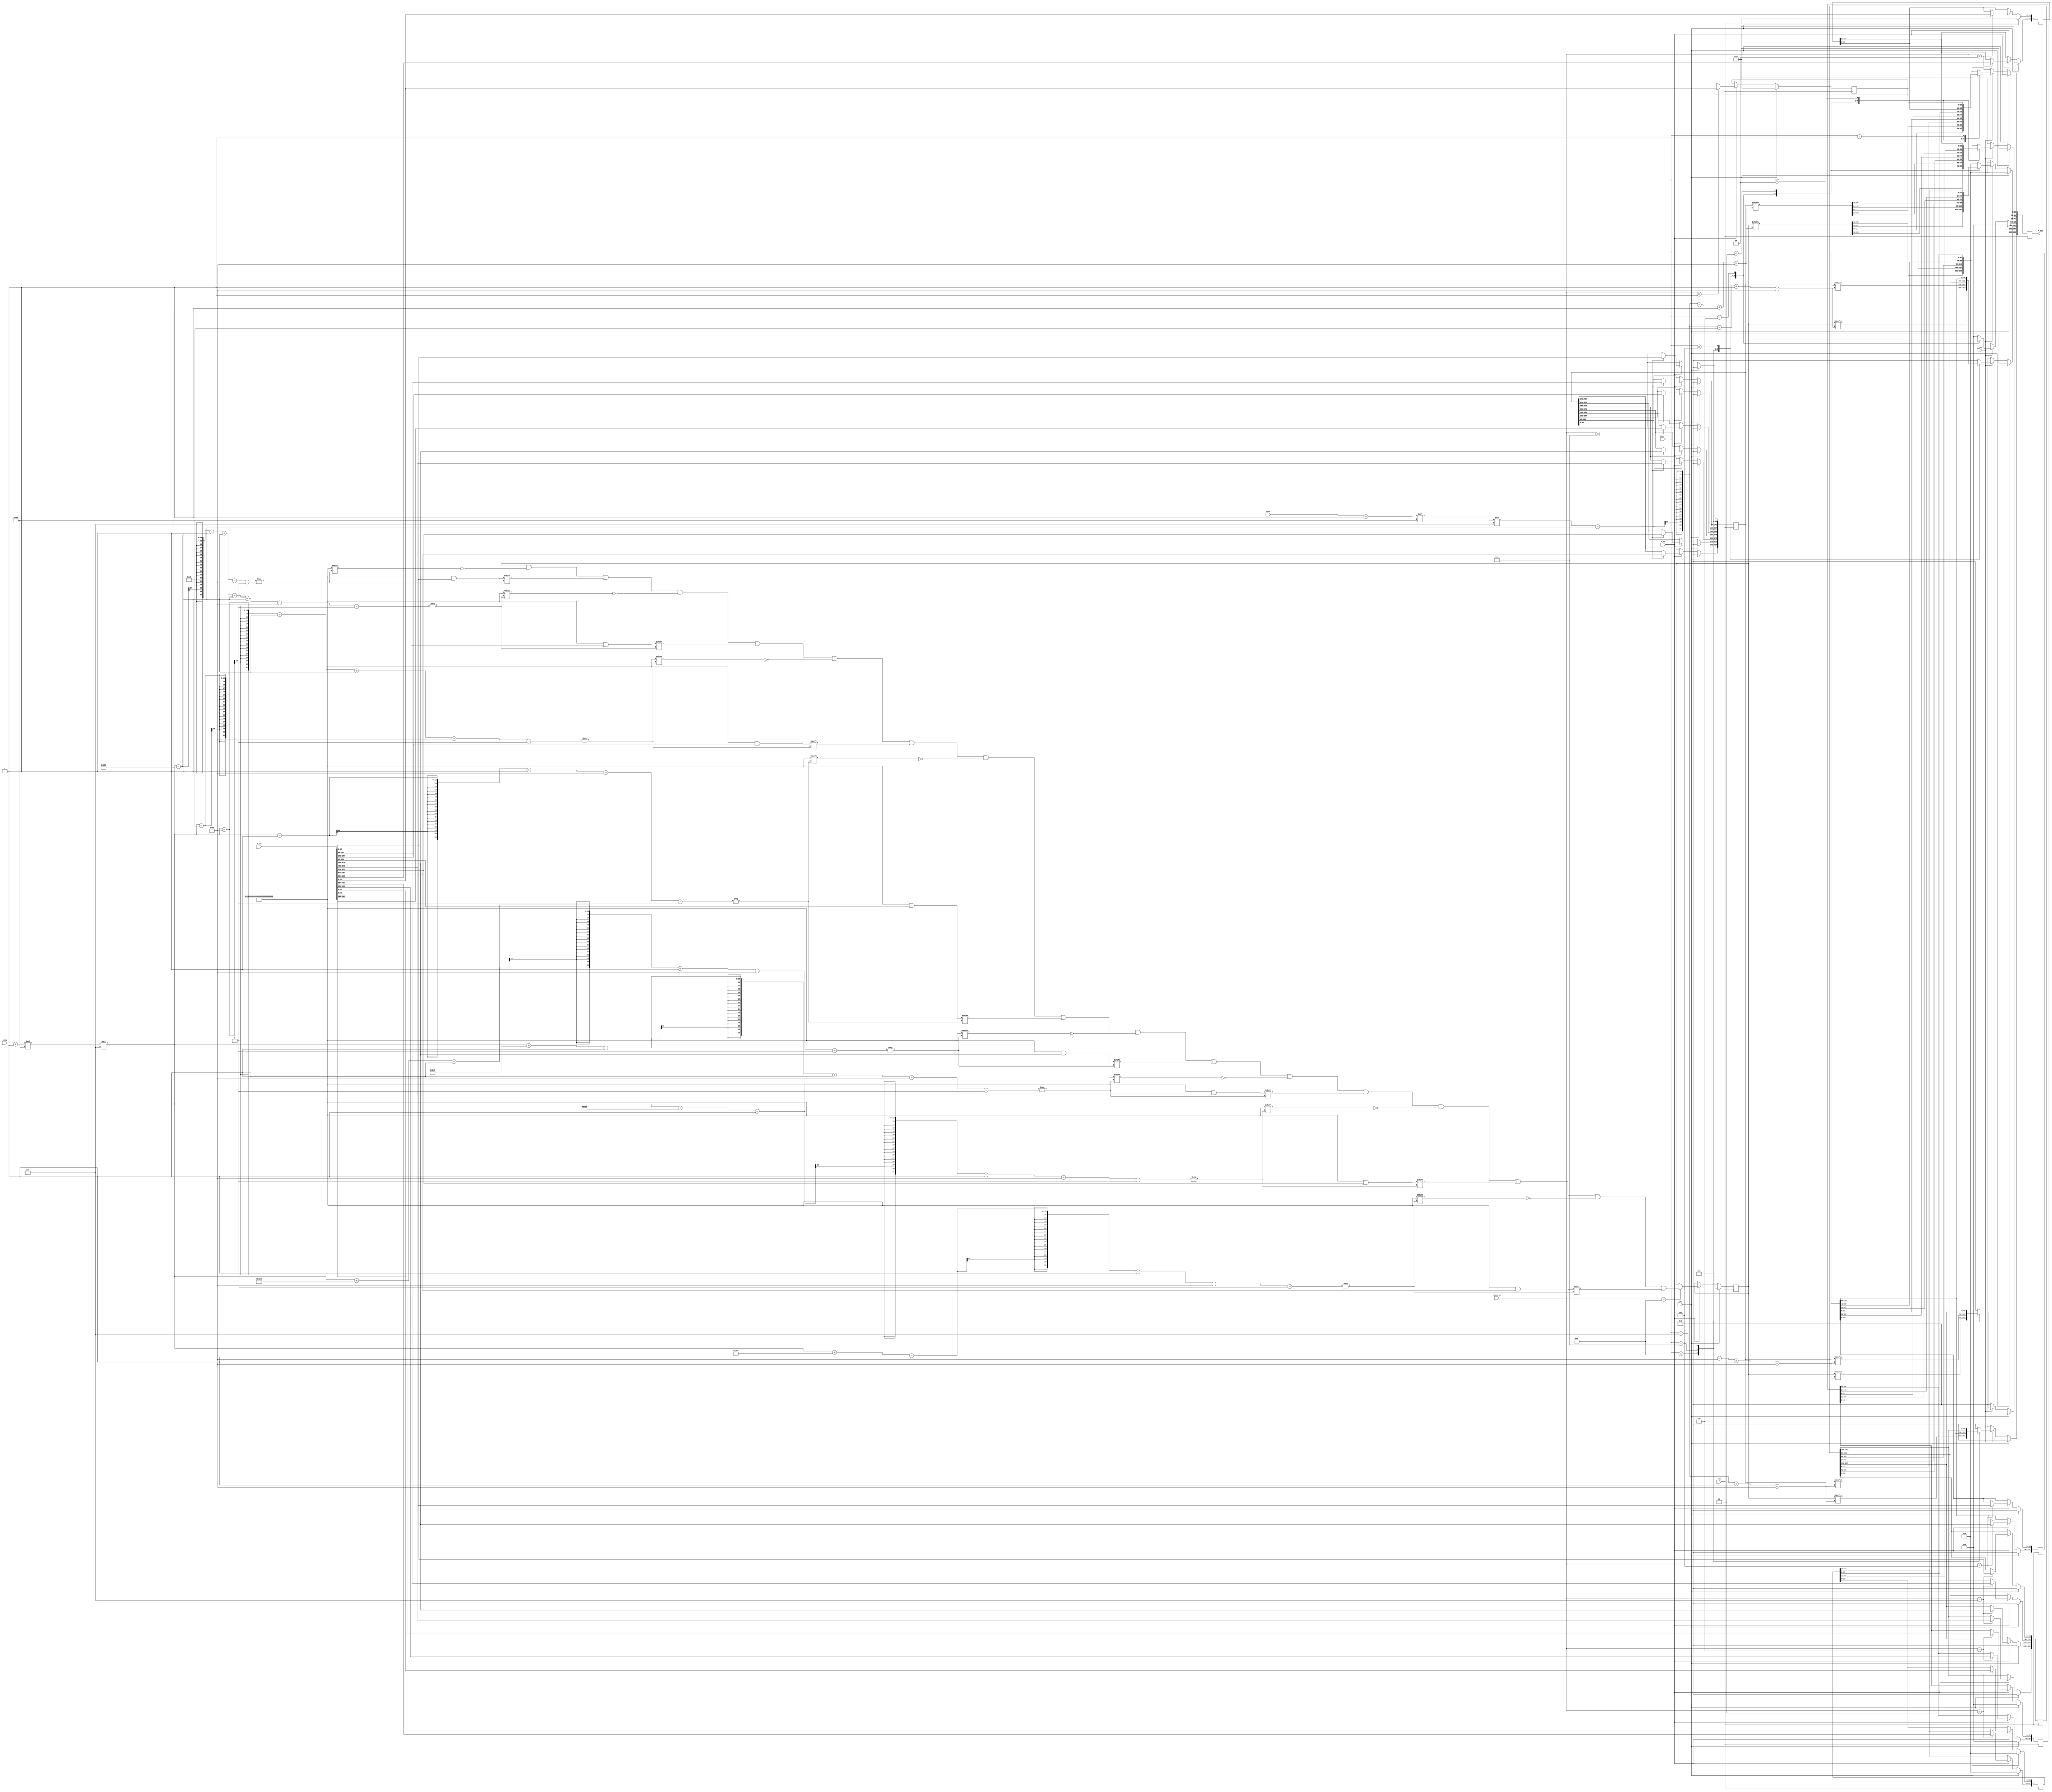
//data is stored in lower bits
module ram_b #(
    parameter
    Q = 6,
    P = 64,
    N = 1024
) (
    input [2*P*Q-1:0] b_in, // input data
    input [4:0] layer_r, // read layers
    input [4:0] layer_w, // write layer
    input [3:0] cnta, // write count
    input [3:0] cntb, //read count
    input w_en, //write enable
    input r_en, //read enable
    input clk,
    input rst,
    output [P*Q-1:0] b_out
);

    //10 layer registers for read and write
    reg [N*Q/4-1:0] b_8; // 256
    reg [N*Q/8-1:0] b_7; // 128
    reg [N*Q/16-1:0] b_6; // 64
    reg [32*Q-1:0] b_5; // 32
    reg [16*Q-1:0] b_4; // 16
    reg [8*Q-1:0] b_3; // 8
    reg [4*Q-1:0] b_2; // 4
    reg [2*Q-1:0] b_1; // 2
    reg [P*Q-1:0] r;

    assign b_out = r;
    wire [3:0] addr_r, addr_w;
    assign addr_r = cntb + 1;
    assign addr_w = cnta + 1;
    always @ (posedge clk) begin
        if (rst) begin
            b_8 <= 0;
            b_7 <= 0;
            b_6 <= 0;
            b_5 <= 0;
            b_4 <= 0;
            b_3 <= 0;
            b_2 <= 0;
            b_1 <= 0;
            r <= 0;
        end
        
        
        //data write
        else begin
            // write
            if (w_en) begin
                case (layer_w) 
                    8: begin
                        b_8[addr_w*P*Q-48*Q-1-:16*Q] <= b_in[16*Q-1:0];
                        b_8[addr_w*P*Q-32*Q-1-:16*Q] <= b_in[32*Q-1:16*Q];
                        b_8[addr_w*P*Q-16*Q-1-:16*Q] <= b_in[48*Q-1:32*Q];
                        b_8[addr_w*P*Q-1-:16*Q] <= b_in[64*Q-1:48];
                        b_8[addr_w*P*Q+80*Q-1-:16*Q] <= b_in[80*Q-1:P*Q]; 
                        b_8[addr_w*P*Q+96*Q-1-:16*Q] <= b_in[96*Q-1:80*Q]; 
                        b_8[addr_w*P*Q+112*Q-1-:16*Q] <= b_in[112*Q-1:96*Q];
                        b_8[addr_w*P*Q+128*Q-1-:16*Q] <= b_in[2*P*Q-1:112*Q];                                              
                    end
                    7: begin
                        b_7[16*Q-1:0] <= b_in[16*Q-1:0];
                        b_7[32*Q-1:16*Q] <= b_in[32*Q-1:16*Q];
                        b_7[48*Q-1:32*Q] <= b_in[48*Q-1:32*Q];
                        b_7[64*Q-1:48*Q] <= b_in[64*Q-1:48*Q];
                        b_7[80*Q-1:64*Q] <= b_in[80*Q-1:64*Q];
                        b_7[96*Q-1:80*Q] <= b_in[96*Q-1:80*Q];
                        b_7[112*Q-1:96*Q] <= b_in[112*Q-1:96*Q];
                        b_7[128*Q-1:112*Q] <= b_in[128*Q-1:112*Q];                        
                    end 
                    6: 
                    begin
                        b_6[16*Q-1:0] <= b_in[16*Q-1:0];
                        b_6[32*Q-1:16*Q] <= b_in[32*Q-1:16*Q];
                        b_6[48*Q-1:32*Q] <= b_in[80*Q-1:64*Q];
                        b_6[64*Q-1:48*Q] <= b_in[96*Q-1:80*Q];                        
                    end 
                    5: 
                    begin
                        b_5[16*Q-1:0] <= b_in[16*Q-1:0];
                        b_5[32*Q-1:16*Q] <= b_in[80*Q-1:64*Q];
                    end
                    4: 
                    begin
                        b_4[8*Q-1:0] <= b_in[8*Q-1:0];
                        b_4[16*Q-1:8*Q] <= b_in[72*Q-1:64*Q];
                    end
                    3: 
                    begin 
                        b_3[4*Q-1:0] <= b_in[4*Q-1:0];
                        b_3[8*Q-1:4*Q] <= b_in[68*Q-1:64*Q];                    
                    end
                    2: 
                    begin
                        b_2[2*Q-1:0] <= b_in[2*Q-1:0];
                        b_2[4*Q-1:2*Q] <= b_in[66*Q-1:64*Q];
                    end                    
                    1: // BOTTOM
                    begin
                        b_1[2*Q-1:0] <= b_in[2*Q-1:0];
                    end
                endcase       
            end      

            // read  
            if (r_en) begin
            case (layer_r)
                8: begin
                    r[16*Q-1:0] <= b_8[addr_r*P*Q-1-48*Q-:16*Q];
                    r[32*Q-1:16*Q] <= b_8[addr_r*P*Q-1-32*Q-:16*Q];
                    r[48*Q-1:32*Q] <= b_8[addr_r*P*Q-1-16*Q-:16*Q];
                    r[64*Q-1:48*Q] <= b_8[addr_r*P*Q-1-:16*Q];
                end 
                7: begin
                    r[16*Q-1:0] <= b_7[addr_r*P*Q-1-48*Q-:16*Q];
                    r[32*Q-1:16*Q] <= b_7[addr_r*P*Q-1-32*Q-:16*Q];
                    r[48*Q-1:32*Q] <= b_7[addr_r*P*Q-1-16*Q-:16*Q];
                    r[64*Q-1:48*Q] <= b_7[addr_r*P*Q-1-:16*Q];                    
                end 
                6: begin
                    r[16*Q-1:0] <= b_6[16*Q-1:0];
                    r[32*Q-1:16*Q] <= b_6[32*Q-1:16*Q];
                    r[48*Q-1:32*Q] <= b_6[48*Q-1:32*Q];
                    r[64*Q-1:48*Q] <= b_6[64*Q-1:48*Q];                       
                end 
                5: begin 
                    r[16*Q-1:0] <= b_5[16*Q-1:0];
                    r[32*Q-1:16*Q] <= b_5[32*Q-1:16*Q];  
                    r[64*Q-1:32*Q] <= 0;                  
                end 
                4: begin
                    r[P*Q/4-1:0] <= b_4[16*Q-1:0];
                    r[64*Q-1:16*Q] <= 0;
                end 
                3: begin
                   r[P*Q/8-1:0] <= b_3[8*Q-1:0];
                   r[64*Q-1:8*Q] <= 0; 
                end 
                2: begin
                    r[P*Q/16-1:0] <= b_2[4*Q-1:0];
                    r[64*Q-1:4*Q] <= 0;
                end 
                1: begin
                    r[2*Q-1:0] <= b_1[2*Q-1:0];
                    r[64*Q-1:2*Q] <= 0;
                end 
                default : r <= 0;
            endcase
            end
              
            else begin
                r <= 0;
            end
        end
    end

    
endmodule